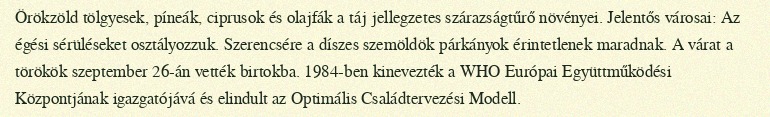
Örökzöld tölgyesek, píneák, ciprusok és olajfák a táj jellegzetes szárazságtűrő növényei. Jelentős városai: Az égési sérüléseket osztályozzuk. Szerencsére a díszes szemöldök párkányok érintetlenek maradnak. A várat a törökök szeptember 26-án vették birtokba. 1984-ben kinevezték a WHO Európai Együttműködési Központjának igazgatójává és elindult az Optimális Családtervezési Modell.